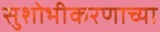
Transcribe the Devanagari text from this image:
सुशोभीकरणाच्या